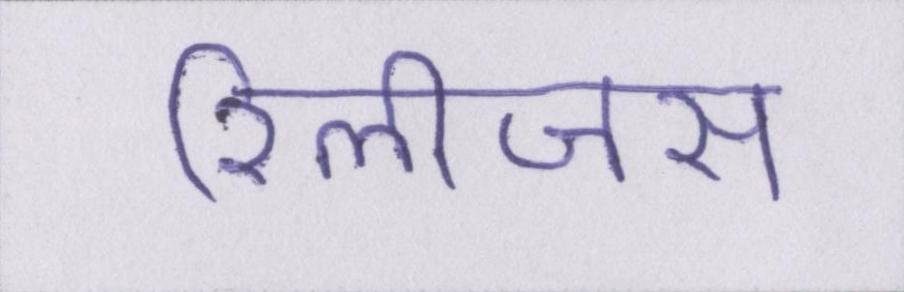
रिलीजस